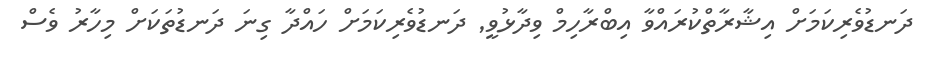
ދަނޑުވެރިކަމަށް އިޝާރާތްކުރައްވާ އިބްރާހިމް ވިދާޅުވީ